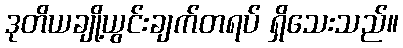
ဒုတိယချို့ယွင်းချက်တရပ် ရှိသေးသည်။